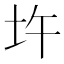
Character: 𡉦